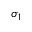
\sigma _ { 1 }